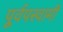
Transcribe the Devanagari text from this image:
पूर्वपस्वामी